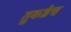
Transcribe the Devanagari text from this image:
तुकडेच